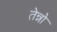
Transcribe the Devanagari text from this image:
तेन्नो